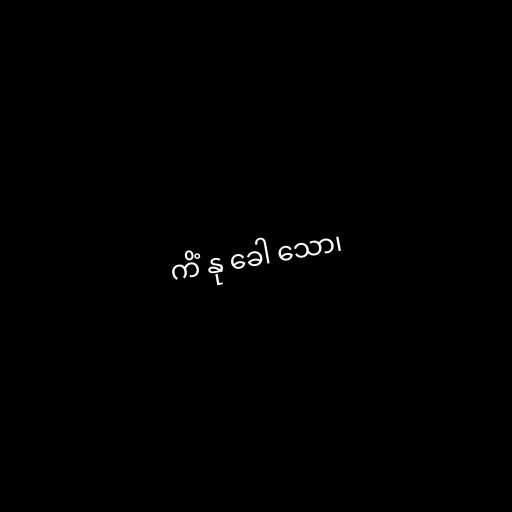
ကိံ နု ခေါ သော၊